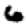
Digit: 6